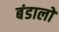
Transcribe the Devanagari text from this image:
बंडालों